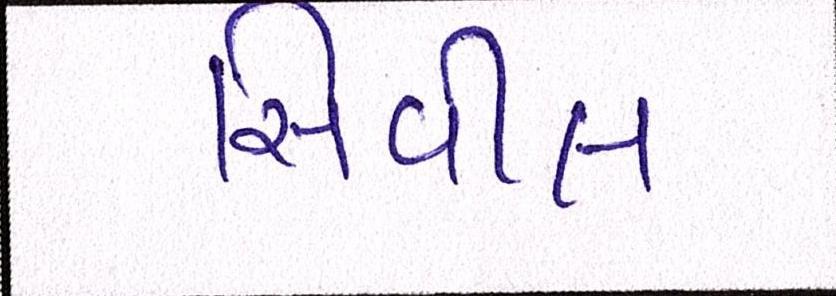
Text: સિવીલ